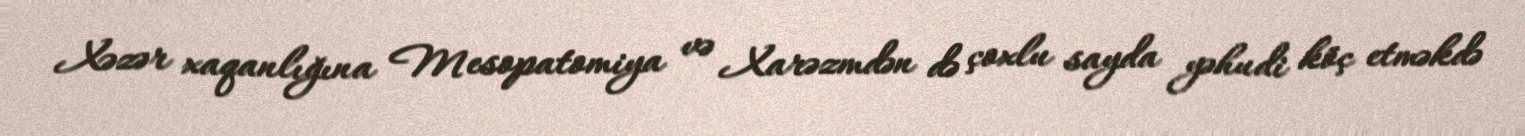
Xəzər xaqanlığına Mesopatomiya və Xarəzmdən də çoxlu sayda yəhudi köç etməkdə